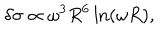
LaTeX: \delta \sigma \propto \omega ^ { 3 } R ^ { 6 } \ln ( \omega R ) ,